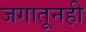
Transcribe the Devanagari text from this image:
जगातूनही